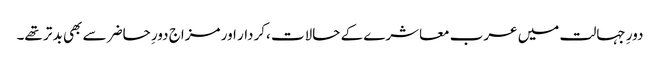
دورِ جہالت میں عرب معاشرے کے حالات ،کردار اور مزاج دورِ حاضر سے بھی بد تر تھے۔